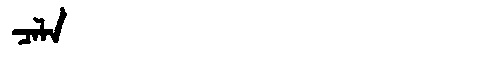
Manchu: ᠴᠠᠯᠠ
Romanization: CALA